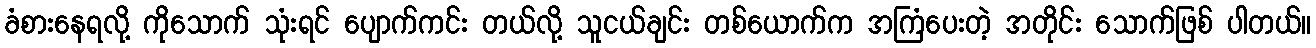
ခံစားနေရလို့ ကိုသောက် သုံးရင် ပျောက်ကင်း တယ်လို့ သူငယ်ချင်း တစ်ယောက်က အကြံပေးတဲ့ အတိုင်း သောက်ဖြစ် ပါတယ်။